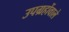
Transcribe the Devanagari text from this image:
उपग्रहोंवाले